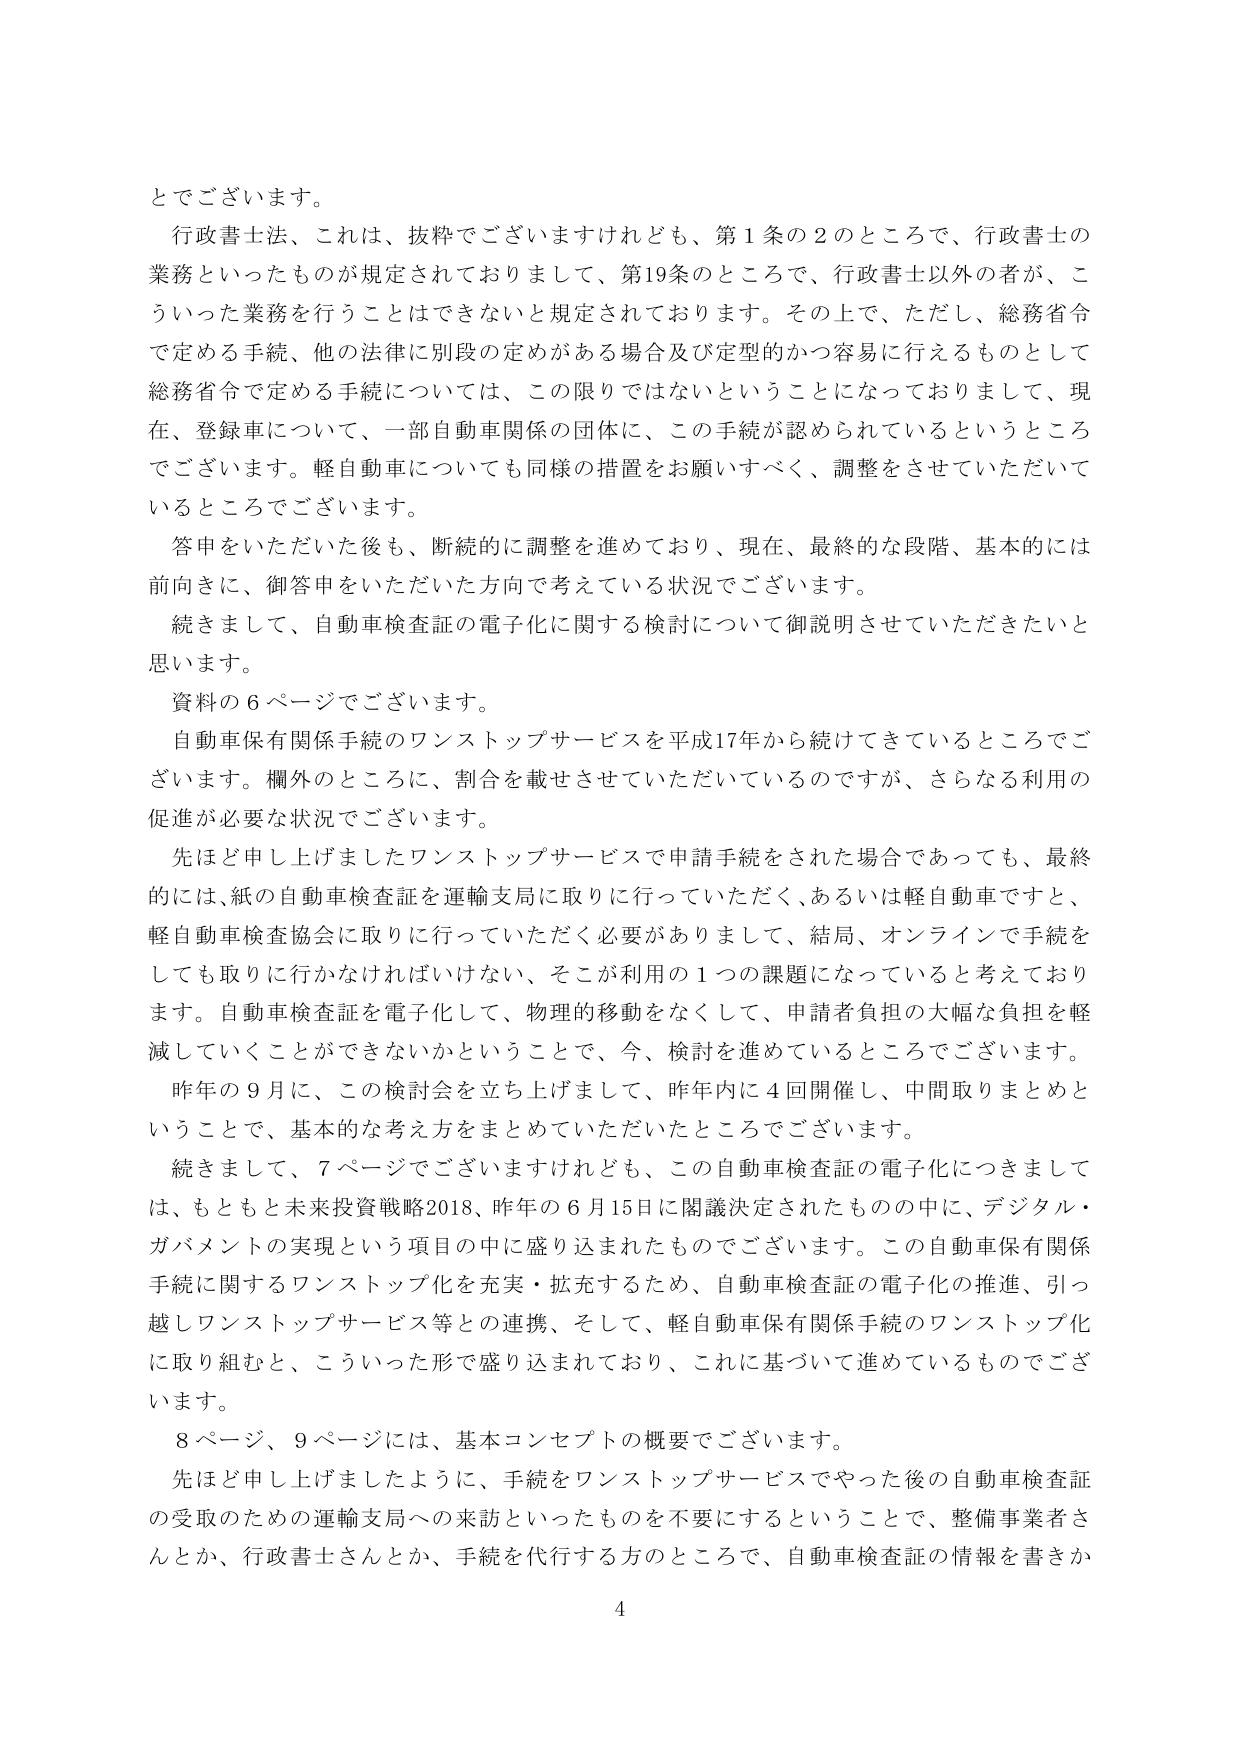
とでございます。

行政書士法、これは、抜粋でございますけれども、第1条の2のところで、行政書士の業務といったものが規定されておりまして、第19条のところで、行政書士以外の者が、こういった業務を行うことはできないと規定されております。その上で、ただし、総務省令で定める手続、他の法律に別段の定めがある場合及び定型的かつ容易に行えるものとして総務省令で定める手続については、この限りではないということになっておりまして、現在、登録車について、一部自動車関係の団体に、この手続が認められているというところでございます。軽自動車についても同様の措置をお願いすべく、調整をさせていただいているところでございます。

答申をいただいた後も、断続的に調整を進めており、現在、最終的な段階、基本的には前向きに、御答申をいただいた方向で考えている状況でございます。

続きまして、自動車検査証の電子化に関する検討について御説明させていただきたいと思います。

資料の6ページでございます。

自動車保有関係手続のワンストップサービスを平成17年から続けてきているところでございます。欄外のところに、割合を載せさせていただいているのですが、さらなる利用の促進が必要な状況でございます。

先ほど申し上げましたワンストップサービスで申請手続をされた場合であっても、最終的には、紙の自動車検査証を運輸支局に取りに行っていただく、あるいは軽自動車ですと、軽自動車検査協会に取りに行っていただく必要がありまして、結局、オンラインで手続をしても取りに行かなければならない、そこが利用の1つの課題になっていると考えております。自動車検査証を電子化して、物理的移動をなくして、申請者負担の大幅な負担を軽減していくことができないかということで、今、検討を進めているところでございます。

昨年の9月に、この検討会を立ち上げまして、昨年内に4回開催し、中間取りまとめということで、基本的な考え方をまとめていただいたところでございます。

続きまして、7ページでございますけれども、この自動車検査証の電子化につきましては、もともと未来投資戦略2018、昨年の6月15日に閣議決定されたものの中に、デジタル・ガバメントの実現という項目の中に盛り込まれたものでございます。この自動車保有関係手続に関するワンストップ化を充実・拡充するため、自動車検査証の電子化の推進、引っ越しワンストップサービス等との連携、そして、軽自動車保有関係手続のワンストップ化に取り組むと、こういった形で盛り込まれており、これに基づいて進めているものでございます。

8ページ、9ページには、基本コンセプトの概要でございます。

先ほど申し上げましたように、手続をワンストップサービスでやった後の自動車検査証の受取のための運輸支局への来訪といったものを不要にするということで、整備事業者さんとか、行政書士さんとか、手続を代行する方のところで、自動車検査証の情報を書きか

4